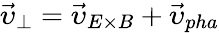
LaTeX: \vec{\upsilon}_{\perp}=\vec{\upsilon}_{E\times B}+\vec{\upsilon}_{pha}